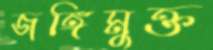
জঙ্গিমুক্ত